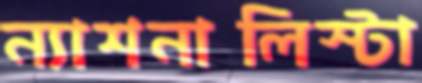
ন্যাশনালিস্টা